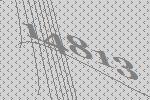
14813